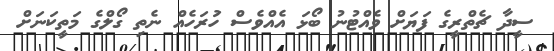
ސީދާ ޗެތްރީގެ ފަޔަަށް ވެއްޓުނު ބޯޅަ އެއްވެސް ހުަރަހެއް ނެތި ގޯލްގެ މަތީކަނަަށް